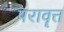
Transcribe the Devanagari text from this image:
परावॄत्त